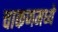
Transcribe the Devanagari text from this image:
चाकणमध्ये